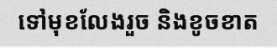
ទៅមុខលែងរួច និងខូចខាត